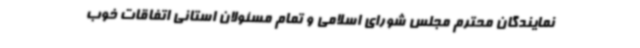
نمایندگان محترم مجلس شورای اسلامی و تمام مسئولان استانی اتفاقات خوب